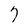
Character: 7